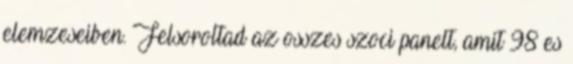
elemzeseiben. Felsoroltad az osszes szoci panelt, amit 98 es